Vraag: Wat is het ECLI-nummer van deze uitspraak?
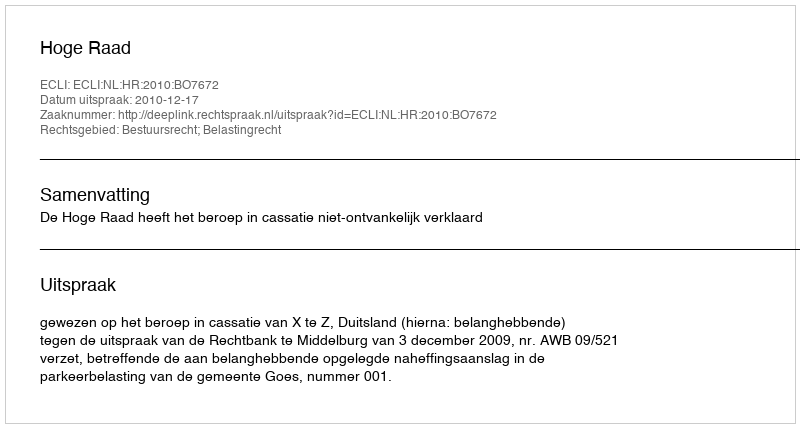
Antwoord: ECLI:NL:HR:2010:BO7672